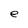
Character: e